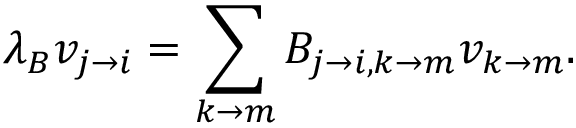
\lambda _ { B } v _ { j \rightarrow i } = \sum _ { k \rightarrow m } B _ { j \rightarrow i , k \rightarrow m } v _ { k \rightarrow m } .